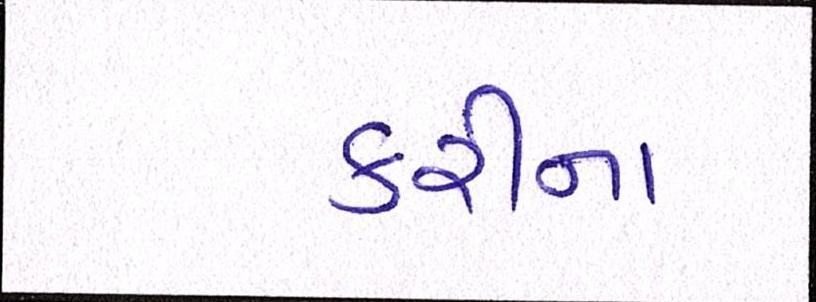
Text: કરીના